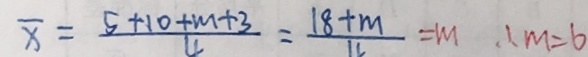
\overline { x } = \frac { 5 + 1 0 + m + 3 } { 4 } = \frac { 1 8 + m } { 4 } = m \therefore m = 6